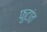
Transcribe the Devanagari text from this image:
फुटांत